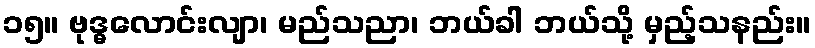
၁၅။ ဗုဒ္ဓလောင်းလျာ၊ မည်သညာ၊ ဘယ်ခါ ဘယ်သို့ မှည့်သနည်း။